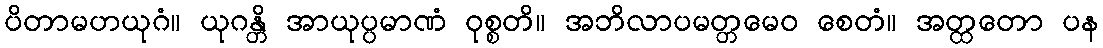
ပိတာမဟယုဂံ။ ယုဂန္တိ အာယုပ္ပမာဏံ ဝုစ္စတိ။ အဘိလာပမတ္တမေဝ စေတံ။ အတ္ထတော ပန